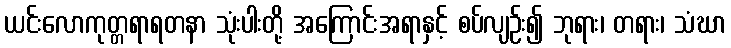
ယင်းလောကုတ္တရာရတနာ သုံးပါးတို့ အကြောင်းအရာနှင့် စပ်လျဉ်း၍ ဘုရား၊ တရား၊ သံဃာ